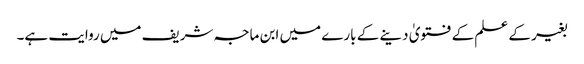
بغیر کے علم کے فتویٰ دینے کے بارے میں ابن ماجہ شریف میں روایت ہے۔